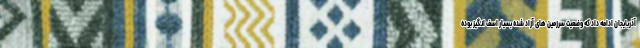
آذربایجان ادامه داد که وضعیت سرزمین های آزاد شده بسیار اسف انگیز بوده